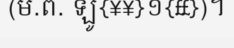
(ម.ព. ឡូ{¥¥}១{££})។